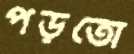
পড়তো